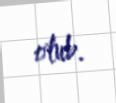
olub.